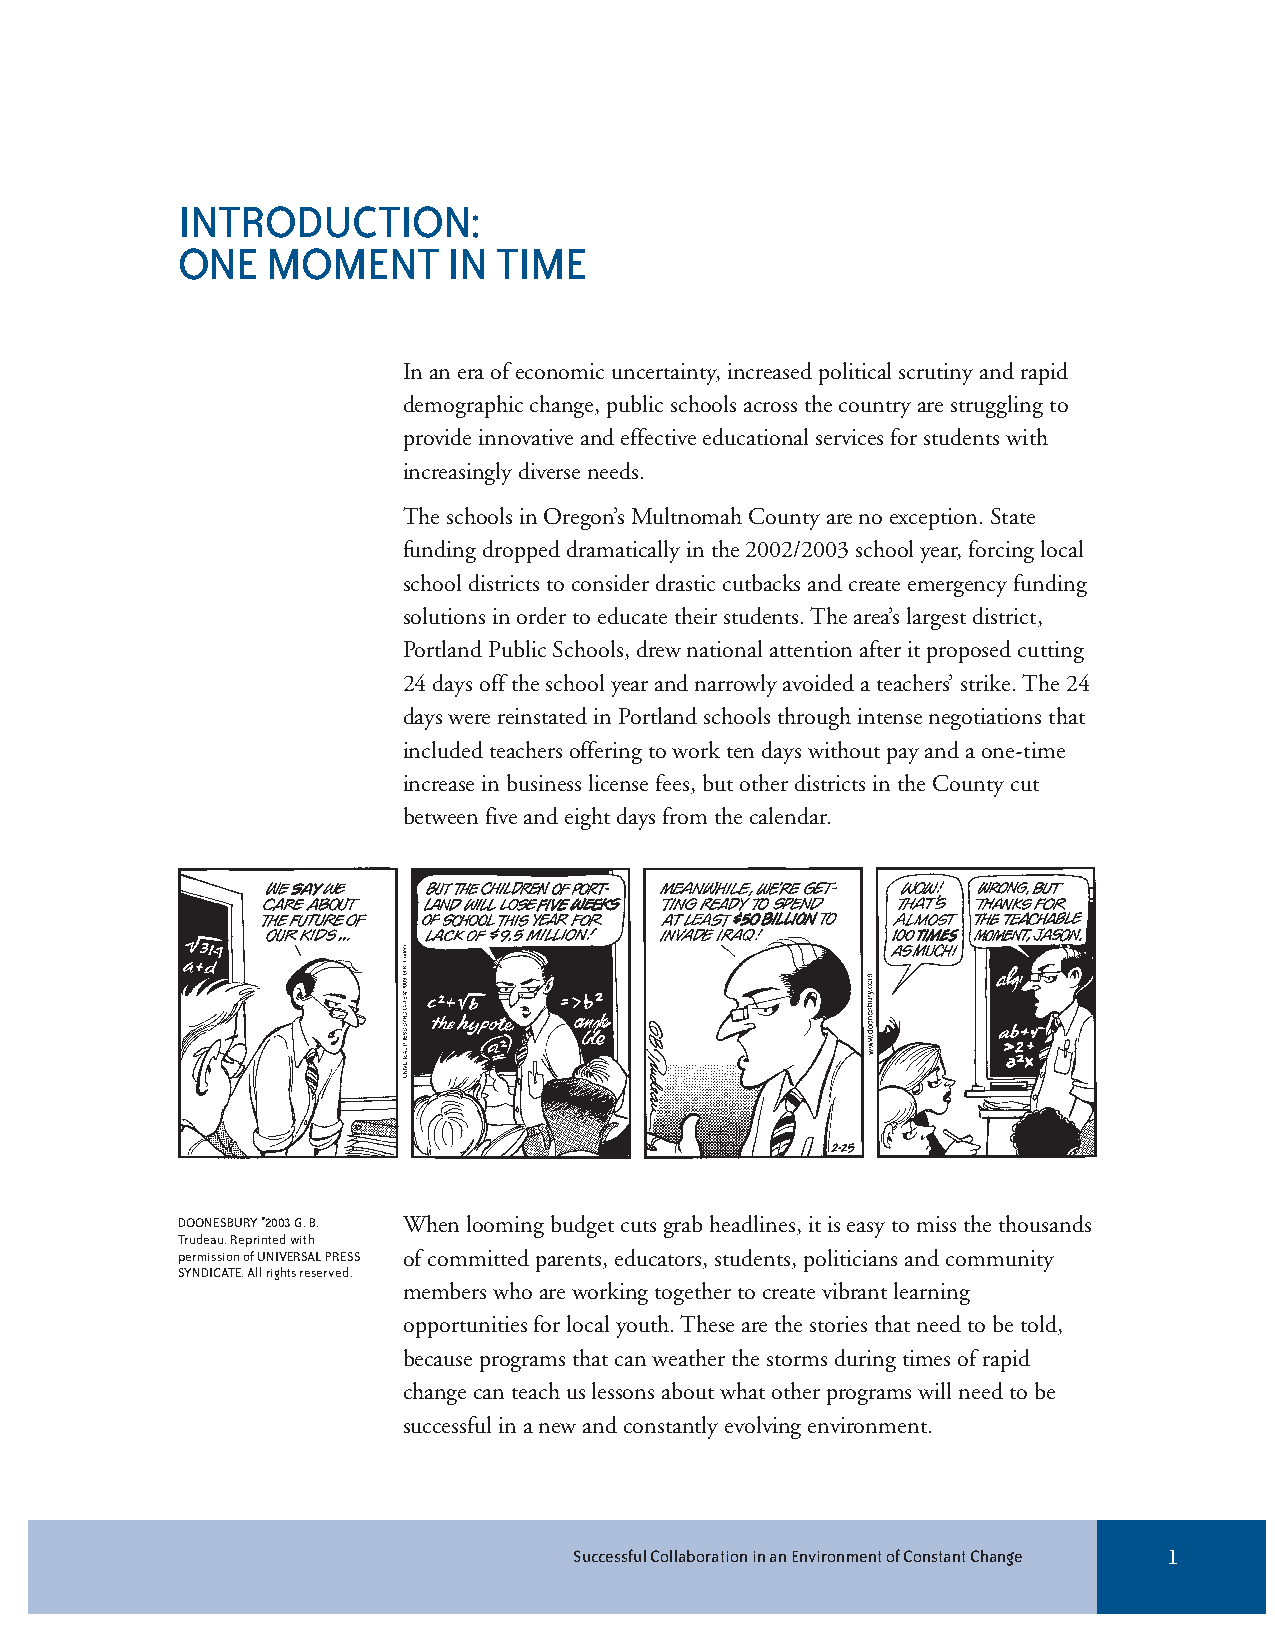
INTRODUCTION:
 ONE   MOMENT      IN TIME
 In an era of economic uncertainty, increased political scrutiny and rapid
 demographic change, public schools across the country are struggling to
 provide innovative and effective educational services for students with
 increasingly diverse needs.
 The schools in Oregon’s Multnomah County are no exception. State
 funding dropped dramatically in the 2002/2003 school year, forcing local
 school districts to consider drastic cutbacks and create emergency funding
 solutions in order to educate their students. The area’s largest district,
 Portland Public Schools, drew national attention after it proposed cutting
 24 days off the school year and narrowly avoided a teachers’ strike. The 24
 days were reinstated in Portland schools through intense negotiations that
 included teachers offering to work ten days without pay and a one-time
 increase in business license fees, but other districts in the County cut
 between five and eight days from the calendar.
 DOONESBURY ©2003 G. B. When looming budget cuts grab headlines, it is easy to miss the thousands
 Trudeau. Reprinted with
 permission of UNIVERSAL PRESS of committed parents, educators, students, politicians and community
 SYNDICATE. All rights reserved.
 members who are working together to create vibrant learning
 opportunities for local youth. These are the stories that need to be told,
 because programs that can weather the storms during times of rapid
 change can teach us lessons about what other programs will need to be
 successful in a new and constantly evolving environment.
 Successful Collaboration in an Environment of Constant Change 1